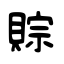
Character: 賩